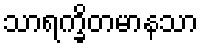
သာရက္ခိတမာနသာ